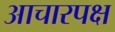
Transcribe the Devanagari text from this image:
आचारपक्ष